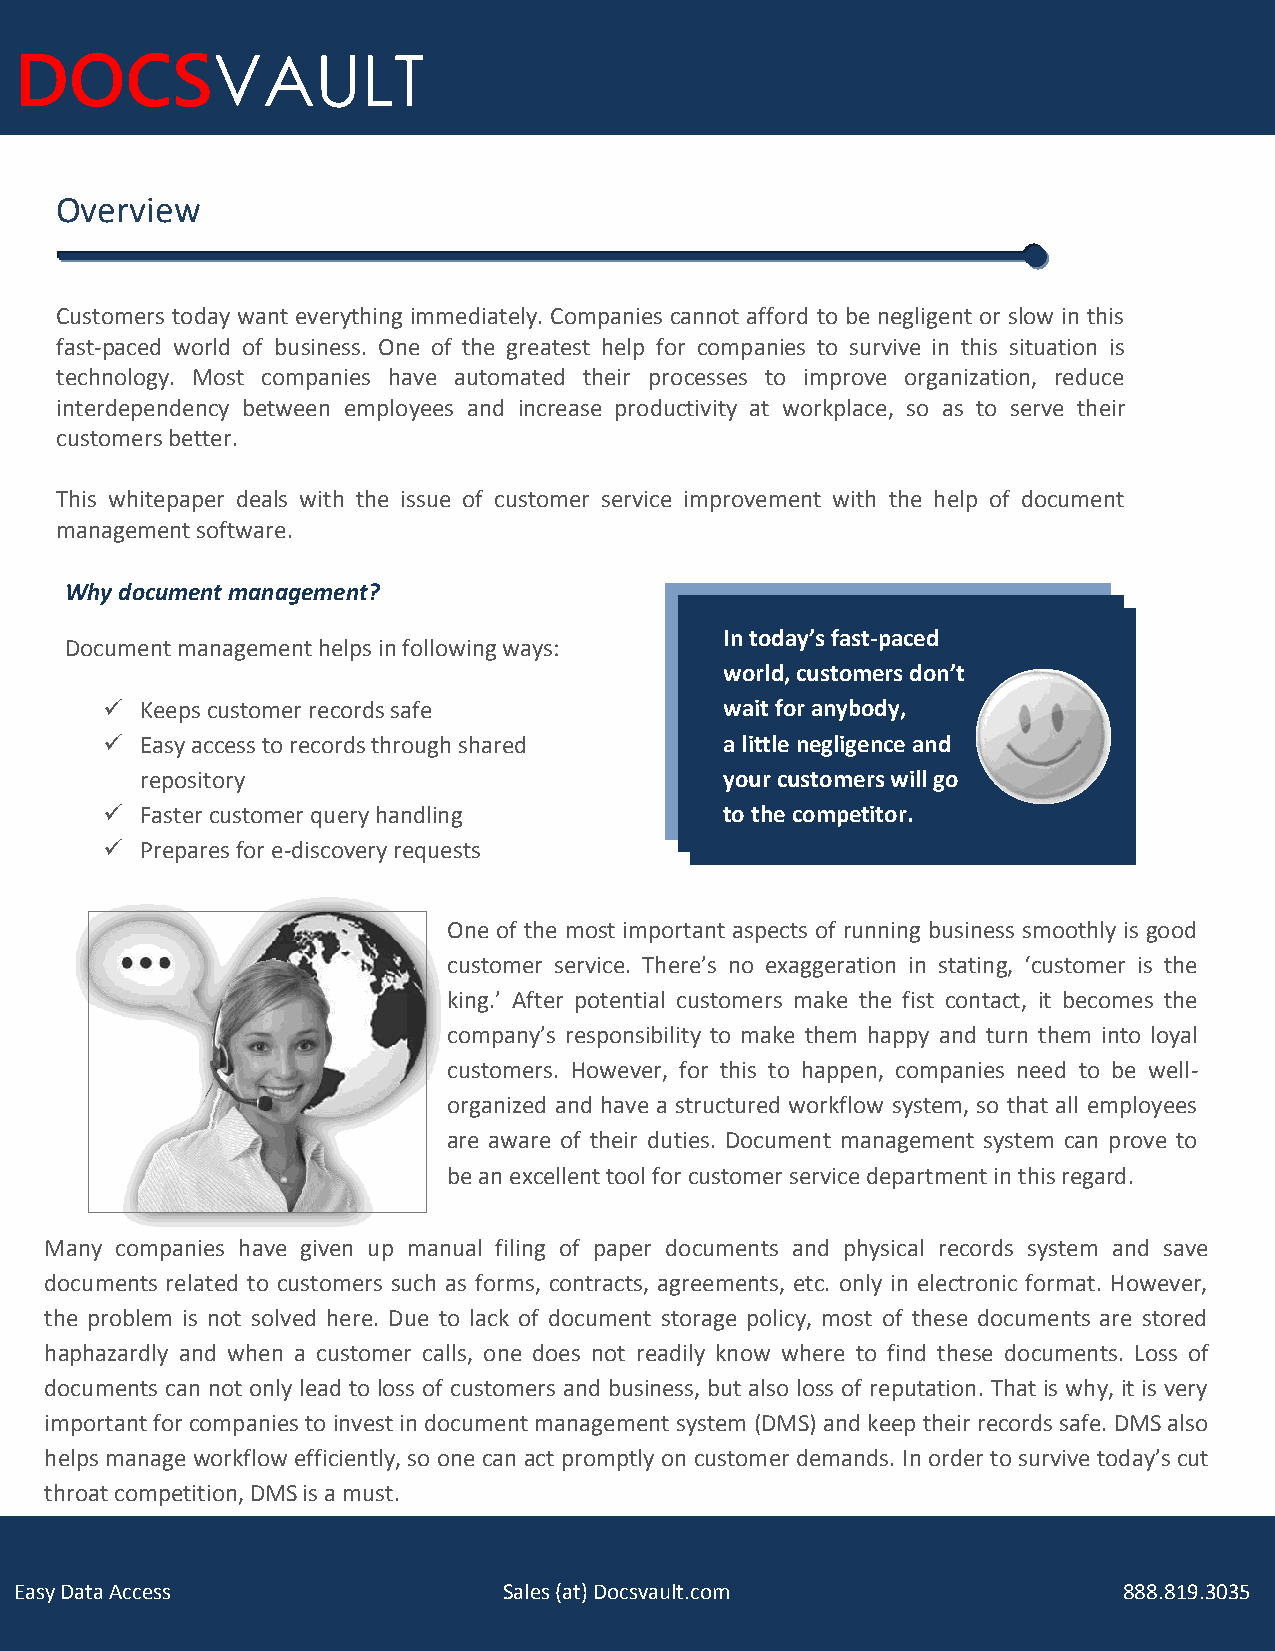
DOCSVAULT
 Overview
 Customers today want everything immediately. Companies cannot afford to be negligent or slow in this
 fast-paced world of business. One of the greatest help for companies to survive in this situation is
 technology. Most companies have automated their processes to improve organization, reduce
 interdependency between employees and increase productivity at workplace, so as to serve their
 customers better.
 This whitepaper deals with the issue of customer service improvement with the help of document
 management software.
 Why doc ument management?
 In today’s fast-paced
 Documen t management helps in following ways:
 world, customers don’t
  K eeps customer records safe           wait for anybody,
  Easy access to records through shared  a little negligence and
 repository                             your customers will go
  F aster customer query handling        to the competitor.
  P repares for e-discovery requests
 One of the most important aspects of running business smoothly is good
 customer service. There’s no exaggeration in stating, ‘customer is the
 king.’ After potential customers make the fist contact, it becomes the
 company’s responsibility to make them happy and turn them into loyal
 customers. However, for this to happen, companies need to be well-
 organized and have a structured workflow system, so that all employees
 are aware of their duties. Document management system can prove to
 be an excellent tool for customer service department in this regard.
 Many com panies have given up manual filing of paper documents and physical records system and save
 documents related to customers such as forms, contracts, agreements, etc. only in electronic format. However,
 the problem is not solved here. Due to lack of document storage policy, most of these documents are stored
 haphazardly and when a customer calls, one does not readily know where to find these documents. Loss of
 documents can not only lead to loss of customers and business, but also loss of reputation. That is why, it is very
 important for companies to invest in document management system (DMS) and keep their records safe. DMS also
 helps manage workflow efficiently, so one can act promptly on customer demands. In order to survive today’s cut
 throat competition, DMS is a must.
 Easy Data Access                Sales (at) Docsvault.com                 888.819.3035